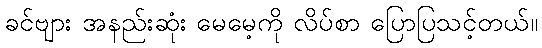
ခင်ဗျား အနည်းဆုံး မေမေ့ကို လိပ်စာ ပြောပြသင့်တယ်။